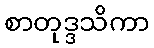
စာတုဒ္ဒသိကာ